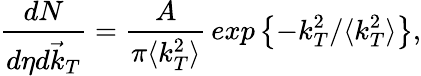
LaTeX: {\frac{dN}{d\eta d\vec{k}_{T}}}={\frac{A}{\pi\langle k_{T}^{2}\rangle}}\, exp\left\{ -k_{T}^{2}/\langle k_{T}^{2}\rangle\right\} ,